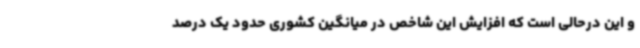
و این درحالی است که افزایش این شاخص در میانگین کشوری حدود یک درصد